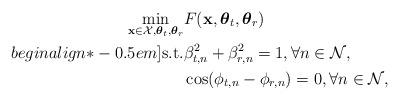
LaTeX: \begin{align*} \min_{ \mathbf{x} \in \mathcal{X}, \boldsymbol{\theta}_t, \boldsymbol{\theta}_r} & F(\mathbf{x}, \boldsymbol{\theta}_t, \boldsymbol{\theta}_r) \\begin{align*}-0.5em] \mathrm{s.t.} & \beta_{t,n}^2 + \beta_{r,n}^2 = 1, \forall n \in \mathcal{N}, \\ & \cos(\phi_{t,n} - \phi_{r,n}) = 0, \forall n \in \mathcal{N}, \end{align*}